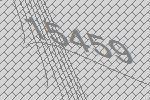
15459